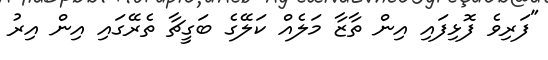
"ފަރިވެ ފޮޅިފައި އިން ތާޒާ މަލެއް ކަލޭގެ ބަގީޗާ ތެރޭގައި އިން އިރު